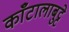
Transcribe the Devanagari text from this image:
काँटालाबुट्टे